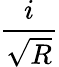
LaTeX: \frac{i}{\sqrt{R}}